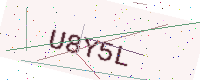
Text: U8Y5L